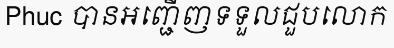
Phuc បានអញ្ជើញទទួលជួបលោក